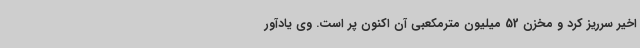
اخیر سرریز کرد و مخزن 52 میلیون مترمکعبی آن اکنون پر است. وی یادآور